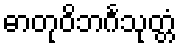
ဓာတုဝိဘင်္ဂသုတ္တံ